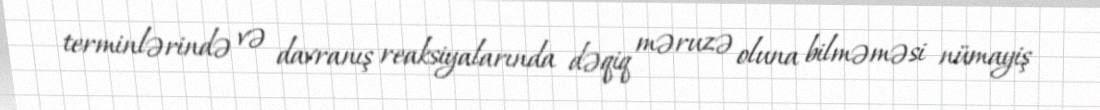
terminlərində və davranış reaksiyalarında dəqiq məruzə oluna bilməməsi nümayiş